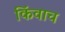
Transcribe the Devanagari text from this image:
किंवाच